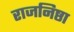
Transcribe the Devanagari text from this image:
राजनिष्ठा